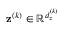
\mathbf { z } ^ { ( k ) } \in \mathbb { R } ^ { d _ { z } ^ { ( k ) } }